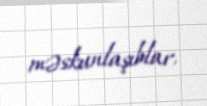
məskunlaşıblar.